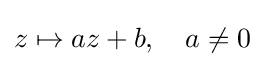
z\mapsto az+b,\quad a\neq 0